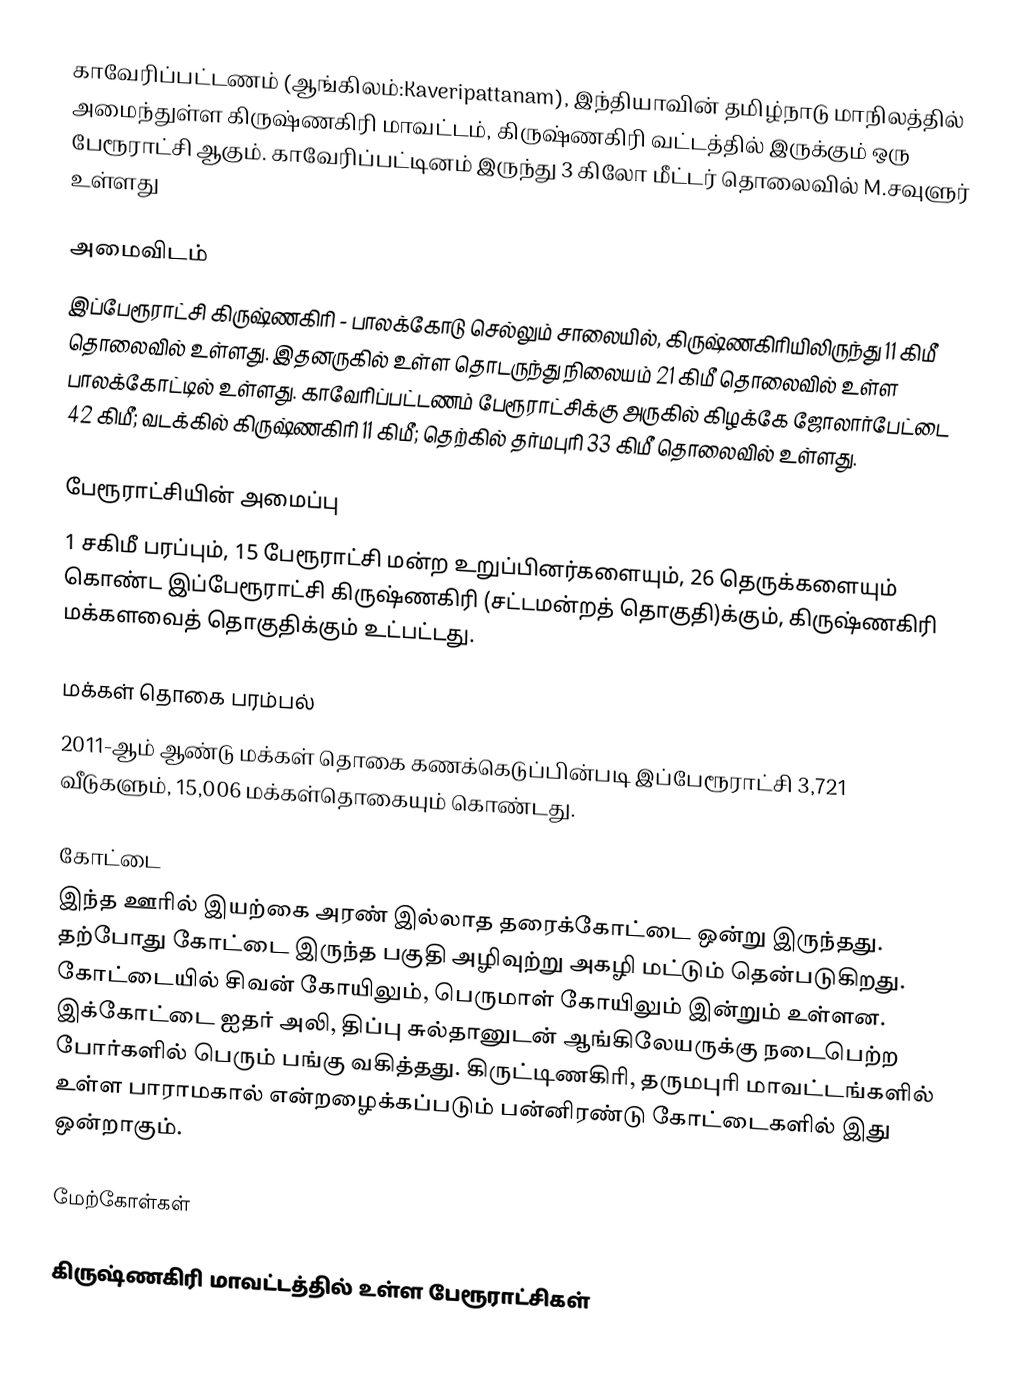
காவேரிப்பட்டணம் (ஆங்கிலம்:Kaveripattanam), இந்தியாவின் தமிழ்நாடு மாநிலத்தில் அமைந்துள்ள கிருஷ்ணகிரி மாவட்டம், கிருஷ்ணகிரி வட்டத்தில் இருக்கும் ஒரு பேரூராட்சி ஆகும். காவேரிப்பட்டினம் இருந்து 3 கிலோ மீட்டர் தொலைவில் M.சவுளுர் உள்ளது

அமைவிடம்
இப்பேரூராட்சி கிருஷ்ணகிரி - பாலக்கோடு செல்லும் சாலையில், கிருஷ்ணகிரியிலிருந்து 11 கிமீ தொலைவில் உள்ளது. இதனருகில் உள்ள தொடருந்து நிலையம் 21 கிமீ தொலைவில் உள்ள பாலக்கோட்டில் உள்ளது. காவேரிப்பட்டணம் பேரூராட்சிக்கு அருகில் கிழக்கே ஜோலார்பேட்டை 42 கிமீ; வடக்கில்  கிருஷ்ணகிரி 11 கிமீ; தெற்கில் தர்மபுரி 33 கிமீ தொலைவில் உள்ளது.

பேரூராட்சியின் அமைப்பு
1  சகிமீ பரப்பும்,  15 பேரூராட்சி மன்ற  உறுப்பினர்களையும், 26 தெருக்களையும்   கொண்ட இப்பேரூராட்சி  கிருஷ்ணகிரி   (சட்டமன்றத் தொகுதி)க்கும், கிருஷ்ணகிரி மக்களவைத் தொகுதிக்கும் உட்பட்டது.

மக்கள் தொகை பரம்பல்
2011-ஆம் ஆண்டு மக்கள் தொகை கணக்கெடுப்பின்படி  இப்பேரூராட்சி    3,721 வீடுகளும், 15,006 மக்கள்தொகையும் கொண்டது.

கோட்டை
இந்த ஊரில் இயற்கை அரண் இல்லாத தரைக்கோட்டை ஒன்று இருந்தது. தற்போது கோட்டை இருந்த பகுதி அழிவுற்று அகழி மட்டும் தென்படுகிறது. கோட்டையில் சிவன் கோயிலும், பெருமாள் கோயிலும் இன்றும் உள்ளன. இக்கோட்டை ஐதர் அலி, திப்பு சுல்தானுடன் ஆங்கிலேயருக்கு நடைபெற்ற போர்களில் பெரும் பங்கு வகித்தது. கிருட்டிணகிரி, தருமபுரி மாவட்டங்களில் உள்ள பாராமகால் என்றழைக்கப்படும் பன்னிரண்டு கோட்டைகளில் இது ஒன்றாகும்.

மேற்கோள்கள்

கிருஷ்ணகிரி மாவட்டத்தில் உள்ள பேரூராட்சிகள்